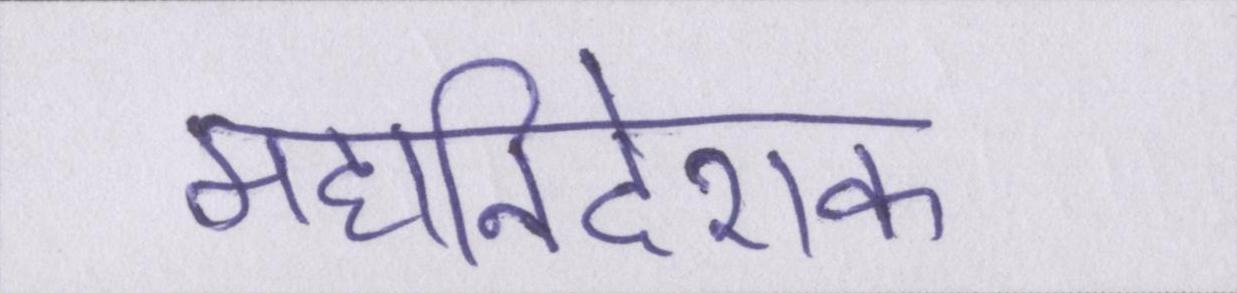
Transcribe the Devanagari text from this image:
महानिदेशक